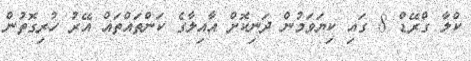
ކްލާ ގްރޭޑް 8 ގައި ކިޔަވަމުން ދަނިކޮށް އާއިލާގެ ކަންތައްތައް އޭރު ހުރިގޮތުން